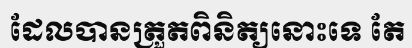
ដែលបានត្រួតពិនិត្យនោះទេ តែ